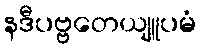
နဒီပဗ္ဗတေယျူပမံ